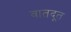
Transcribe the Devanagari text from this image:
वातदूत